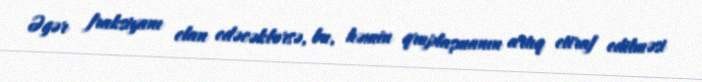
Əgər fraksiyanı elan edəcəklərsə, bu, həmin qruplaşmanın artıq etiraf edilməsi